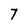
Character: 7